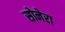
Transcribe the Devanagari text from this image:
सोनेरा